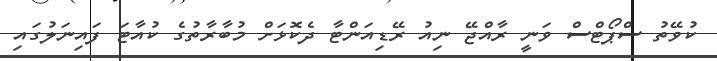
ކުވޭތު ސްޕޯޓްސް ވަނީ ރާއްޖޭ ނިއު ރޭޑިއަންޓާ ދެކޮޅަށް މުބާރާތުގެ ކުއާޓަ ފައިނަލުގައި